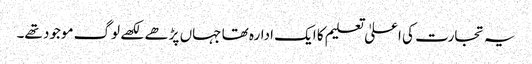
یہ تجارت کی اعلیٰ تعلیم کا ایک ادارہ تھا جہاں پڑھے لکھے لوگ موجود تھے۔